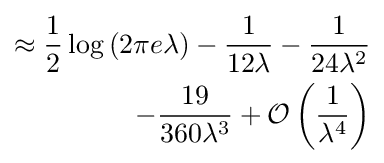
{\begin{aligned}\approx {\frac {1}{2}}\log \left(2\pi e\lambda \right)-{\frac {1}{12\lambda }}-{\frac {1}{24\lambda ^{2}}}\\-{\frac {19}{360\lambda ^{3}}}+{\mathcal {O}}\left({\frac {1}{\lambda ^{4}}}\right)\end{aligned}}